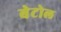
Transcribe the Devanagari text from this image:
बेटोल